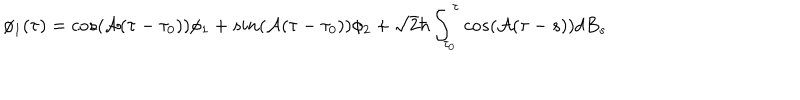
LaTeX: \phi _ { 1 } ( \tau ) = c o s ( { \cal A } ( \tau - \tau _ { 0 } ) ) \phi _ { 1 } + s i n ( { \cal A } ( \tau - \tau _ { 0 } ) ) \phi _ { 2 } + \sqrt { 2 } \hbar \int _ { \tau _ { 0 } } ^ { \tau } c o s ( { \cal A } ( \tau - s ) ) d B _ { s }